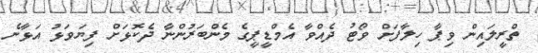
ތްރީލައިން ވިޕާ ހިލާފަށް ވޯޓު ދެއްވާ އެމްޑީޕީގެ މެންބަރުންނާ ދެކޮޅަށް ފިޔަވަޅު އަޅާނެ